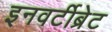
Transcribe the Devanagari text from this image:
इनवर्टीब्रेट